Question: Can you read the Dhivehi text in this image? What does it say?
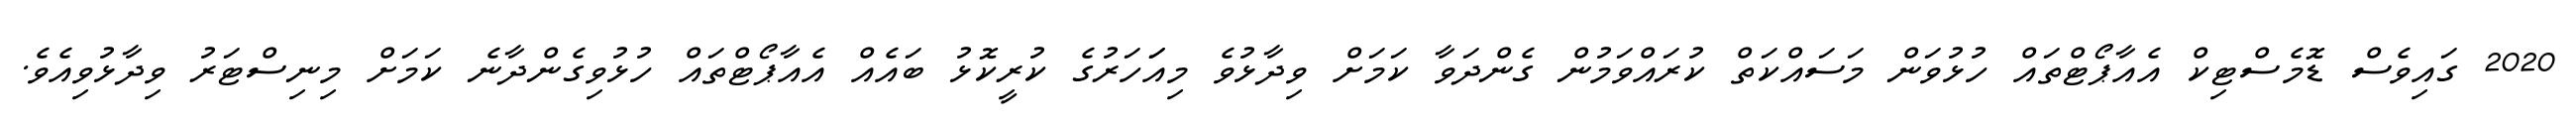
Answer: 2020 ގައިވެސް ޑޮމެސްޓިކް އެއާޕޯޓްތައް ހުޅުވަން މަސައްކަތް ކުރައްވަމުން ގެންދަވާ ކަމަށް ވިދާޅުވެ މިއަަހަރުގެ ކުރީކޮޅު ބައެއް އެއާޕޯޓްތައް ހުޅުވިގެންދާނެ ކަމަށް މިނިސްޓަރު ވިދާޅުވިއެވެ.